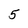
Character: 5